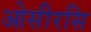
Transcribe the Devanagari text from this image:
ओसीरसि